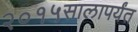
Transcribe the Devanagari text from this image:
२०१५सालापर्यंत